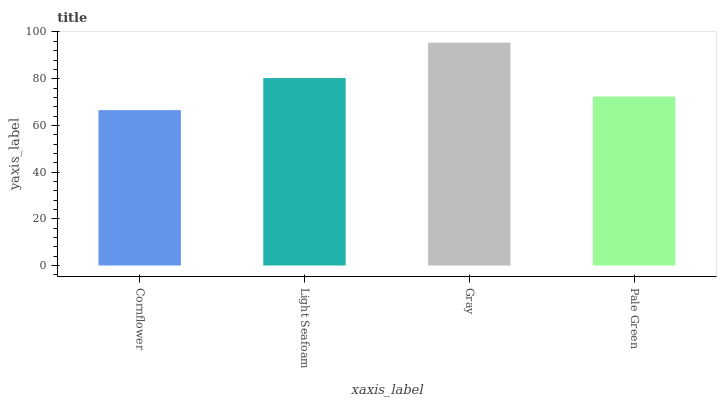
| xaxis_label | bars |
 | --- | --- |
 | Cornflower | 66.5 |
 | Light Seafoam | 80.3 |
 | Gray | 95.4 |
 | Pale Green | 72.3 |